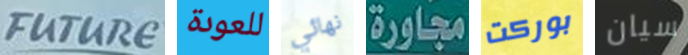
FUTURE للعودة نهائي مجاورة بوركت سيان